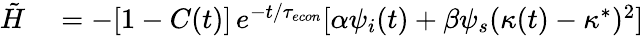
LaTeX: \begin{array}{rl}{\tilde{H}}&{{}=-[1-C(t)]\, e^{-t/{\tau_{econ}}}[\alpha\psi_{i}(t)+\beta\psi_{s}(\kappa(t)-\kappa^{*})^{2}]}\end{array}